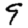
Digit: 9